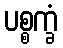
ပစ္စက္ခံ